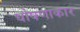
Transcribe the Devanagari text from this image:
घोषणाकार